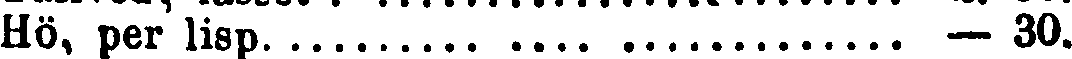
Hö, per lisp — 30.